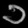
Digit: ၁